Lunatic asylums in Bengal annual reports 1899-1911 - 1899-1911
Year: 1899
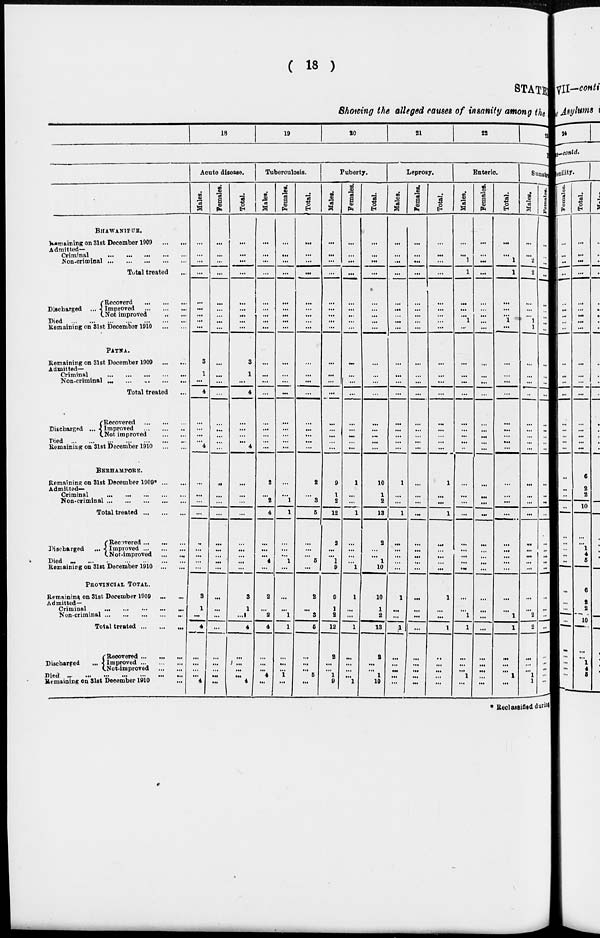
( 18 )
STATEMENT
Showing the alleged causes of insanity among the
18
19
20
21
22
23
BHAWANIPUR.
Remaining on 31st December 1909
...
...
Admitted-
Criminal
...
...
...
...
...
Non-criminal ... ... ... ... ...
Total treated ...
Discharged ...
Recoverd
...
...
...
Improved ... ... ...
Not improved
...
...
Died
...
...
...
...
...
...
...
Remaining on 31st Decembar 1910
...
...
PATNA.
Remaining on 31st December 1909
Admitted-
Criminal
...
...
...
...
...
Non-criminal ... ... ... ... ...
Total treated ...
Discharged ...
Recovered
...
...
...
Improved
...
...
...
Not improved
...
...
Died ... ... ... ... ... ... ...
Remaining on 31st December 1910
...
...
BERHAMPORE.
Remaining on 31st December 1909* ... ...
Admitted-
Criminal ... ... ... ...
Non-criminal
...
...
...
...
...
Total treated
...
...
...
Discharged
...
Recovered ... ... ...
Improved ... ... ...
Not-improved
...
...
Died
...
...
...
...
...
...
...
Remaining on 31st December 1910 ... ...
PROVINCIAL TOTAL.
Remaining on 31st December 1909
...
...
Admitted-
Criminal
...
...
...
...
...
Non-criminal
...
...
...
...
...
Total treated
...
...
...
Discharged ...
Recovered ...
...
...
Improved ... ... ...
Not-improved
...
...
Died
...
...
...
...
...
...
...
Remaining on 31st December 1910 ...
Acute disease.
Males.
...
...
...
...
...
...
...
...
...
3
1
...
4
...
...
...
...
4
...
...
...
...
...
...
...
...
...
3
1
...
4
...
...
...
...
4
Females.
...
...
...
...
...
...
...
...
...
...
...
...
...
...
...
...
...
...
...
...
...
...
...
...
...
...
...
...
...
...
...
...
...
...
...
...
Total.
...
...
...
...
...
...
...
...
...
3
1
...
4
...
...
...
...
4
...
...
...
...
...
...
...
...
...
3
1
...
4
...
...
...
...
4
Tuberculosis.
Males.
...
...
...
...
...
...
...
...
...
...
...
...
...
...
...
...
...
...
2
...
2
4
...
...
...
4
...
2
...
2
4
...
...
...
4
...
Females.
...
...
...
...
...
...
...
...
...
...
...
...
...
...
...
...
...
...
...
...
1
1
...
...
...
1
...
...
...
1
1
...
...
...
1
...
Total.
...
...
...
...
...
...
...
...
...
...
...
...
...
...
...
...
...
...
2
...
3
5
...
...
...
5
...
2
...
3
5
...
...
...
5
...
Puberty.
Males.
...
...
...
...
...
...
...
...
...
...
...
...
...
...
...
...
...
...
9
1
2
12
2
...
...
1
9
9
1
2
12
2
...
...
1
9
Females.
...
...
...
...
...
...
...
...
...
...
...
...
...
...
...
...
...
...
1
...
...
1
...
...
...
...
1
1
...
...
1
...
...
...
...
1
Total.
...
...
...
...
...
...
...
...
...
...
...
...
...
...
...
...
...
...
10
1
2
13
2
...
...
1
10
10
1
2
13
2
...
...
1
10
Leprosy.
Males.
...
...
...
...
...
...
...
...
...
...
...
...
...
...
...
...
...
...
1
...
...
1
...
...
...
...
...
1
...
...
1
...
...
...
...
...
Females.
...
...
...
...
...
...
...
...
...
...
...
...
...
...
...
...
...
...
...
...
...
...
...
...
...
...
...
...
...
...
...
...
...
...
1
...
Total.
...
...
...
...
...
...
...
...
...
...
...
...
...
...
...
...
...
...
1
...
...
1
...
...
...
...
...
1
...
...
1
...
...
...
...
...
Enteric
Males.
...
...
1
1
...
...
...
1
...
...
...
...
...
...
...
...
...
...
...
...
...
...
...
...
...
...
...
...
...
1
1
...
...
...
1
...
Females.
...
...
...
...
...
...
...
...
...
...
...
...
...
...
...
...
...
...
...
...
...
...
...
...
...
...
...
...
...
...
...
...
...
...
...
...
Total.
...
...
1
1
...
...
...
1
...
...
...
...
...
...
...
...
...
...
...
...
...
...
...
...
...
...
...
...
...
1
1
...
...
...
1
...
Sunstr
Males.
...
...
2
2
...
...
...
1
1
...
...
...
...
...
...
...
...
...
...
...
...
...
...
...
...
...
...
...
...
2
2
...
...
...
1
1
Females.
...
...
...
...
...
...
...
...
...
...
...
...
...
...
...
...
...
...
...
...
...
...
...
...
...
...
...
...
...
...
...
...
...
...
...
...
* Reclassified during